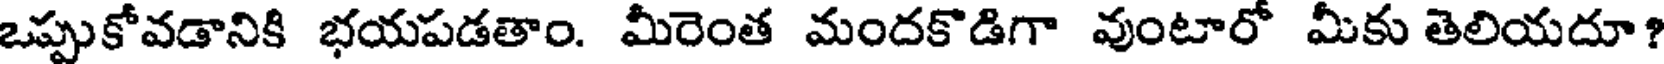
ఒప్పుకోవడానికి భయపడతాం. మీరెంత మందకొడిగా వుంటారో మీకు తెలియదూ?